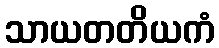
သာယတတိယကံ